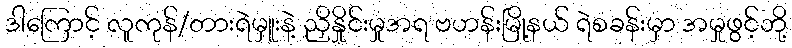
ဒါကြောင့် လူကုန်/တားရဲမှူးနဲ့ ညှိနှိုင်းမှုအရ ဗဟန်းမြို့နယ် ရဲစခန်းမှာ အမှုဖွင့်ဘို့